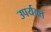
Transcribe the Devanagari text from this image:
उपर्यक्त